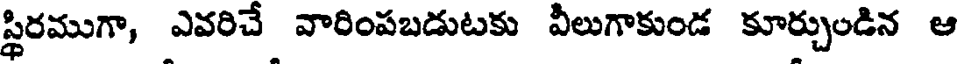
స్థిరముగా, ఎవరిచే వారింపబడుటకు వీలుగాకుండ కూర్చుండిన ఆ